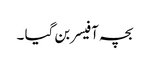
بچہ آفیسر بن گیا ۔